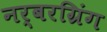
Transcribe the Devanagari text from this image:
नर्बरग्रिंग